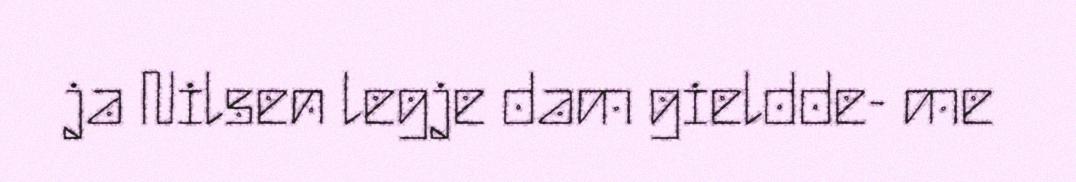
ja Nilsen legje dam gieldde- me